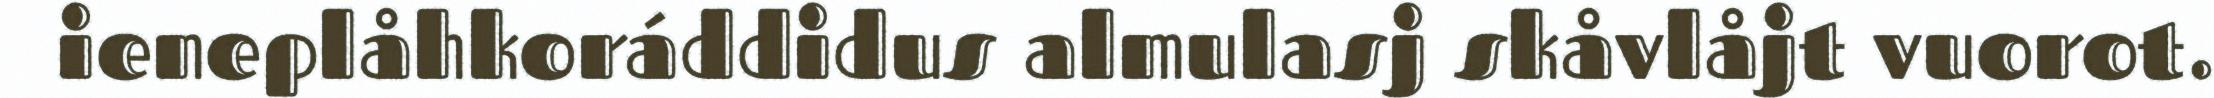
ieneplåhkoráddidus almulasj skåvlåjt vuorot.